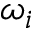
\omega _ { i }